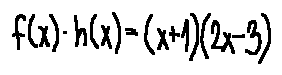
f ( x ) \cdot h ( x ) = ( x + 1 ) ( 2 x - 3 )